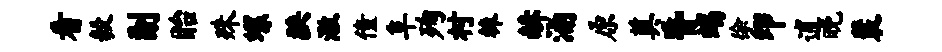
看毅副眙殊螺狭澈僮阜殉村棘赫涌原奠昏竭徐印逋晚裴